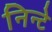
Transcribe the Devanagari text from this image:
निन्टे